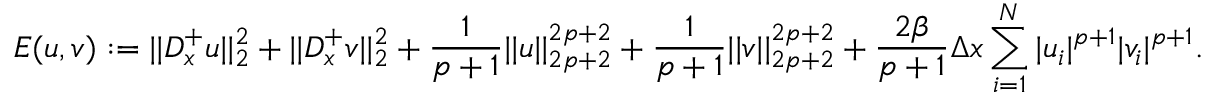
E ( u , v ) : = | | \boldsymbol { D } _ { x } ^ { + } u | | _ { 2 } ^ { 2 } + | | \boldsymbol { D } _ { x } ^ { + } v | | _ { 2 } ^ { 2 } + \frac { 1 } { p + 1 } | | u | | _ { 2 p + 2 } ^ { 2 p + 2 } + \frac { 1 } { p + 1 } | | v | | _ { 2 p + 2 } ^ { 2 p + 2 } + \frac { 2 \beta } { p + 1 } \Delta x \sum _ { i = 1 } ^ { N } | u _ { i } | ^ { p + 1 } | v _ { i } | ^ { p + 1 } .